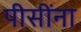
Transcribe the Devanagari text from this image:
पीसींना